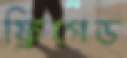
ফ্রিগেড